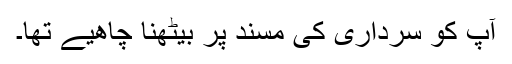
آپ کو سرداری کی مسند پر بیٹھنا چاھیے تھا۔